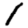
Digit: 1